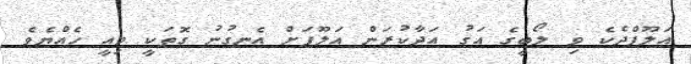
އަލޫފްދެކެ ވި ލޯބީގެ އަގު އަދާކުރަން އަލޫފަށް އެނގުނު ގޮތަކީ މިއީ ހެއްޔެވެ